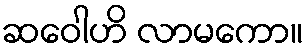
ဆဝေါဟိ လာမကော။